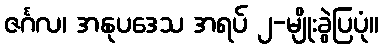
ဇင်္ဂလ၊ အနုပဒေသ အရပ် ၂-မျိုးခွဲပြပုံ။